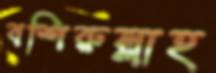
বশিরুল্লাহ